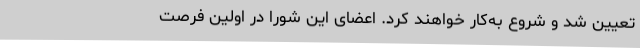
تعیین‌ شد و شروع‌ به‌کار خواهند کرد. اعضای‌ این‌ شورا در اولین‌ فرصت‌